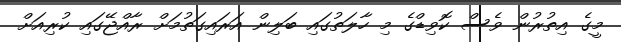
މީގެ އިތުރުން ވެސް ކޮވިޑްގެ މި ހާލަތުގައި ބަލިން އަރައިގަތުމަށް ރާއްޖޭގައި ކުރިއަށް